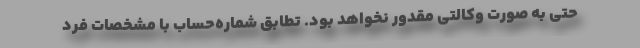
حتی به صورت وکالتی مقدور نخواهد بود. تطابق شماره‌حساب با مشخصات فرد